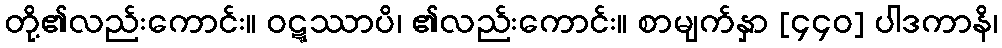
တို့၏လည်းကောင်း။ ဝဋ္ဋဿာပိ၊ ၏လည်းကောင်း။ စာမျက်နှာ [၄၄၀] ပါဒကာနိ၊